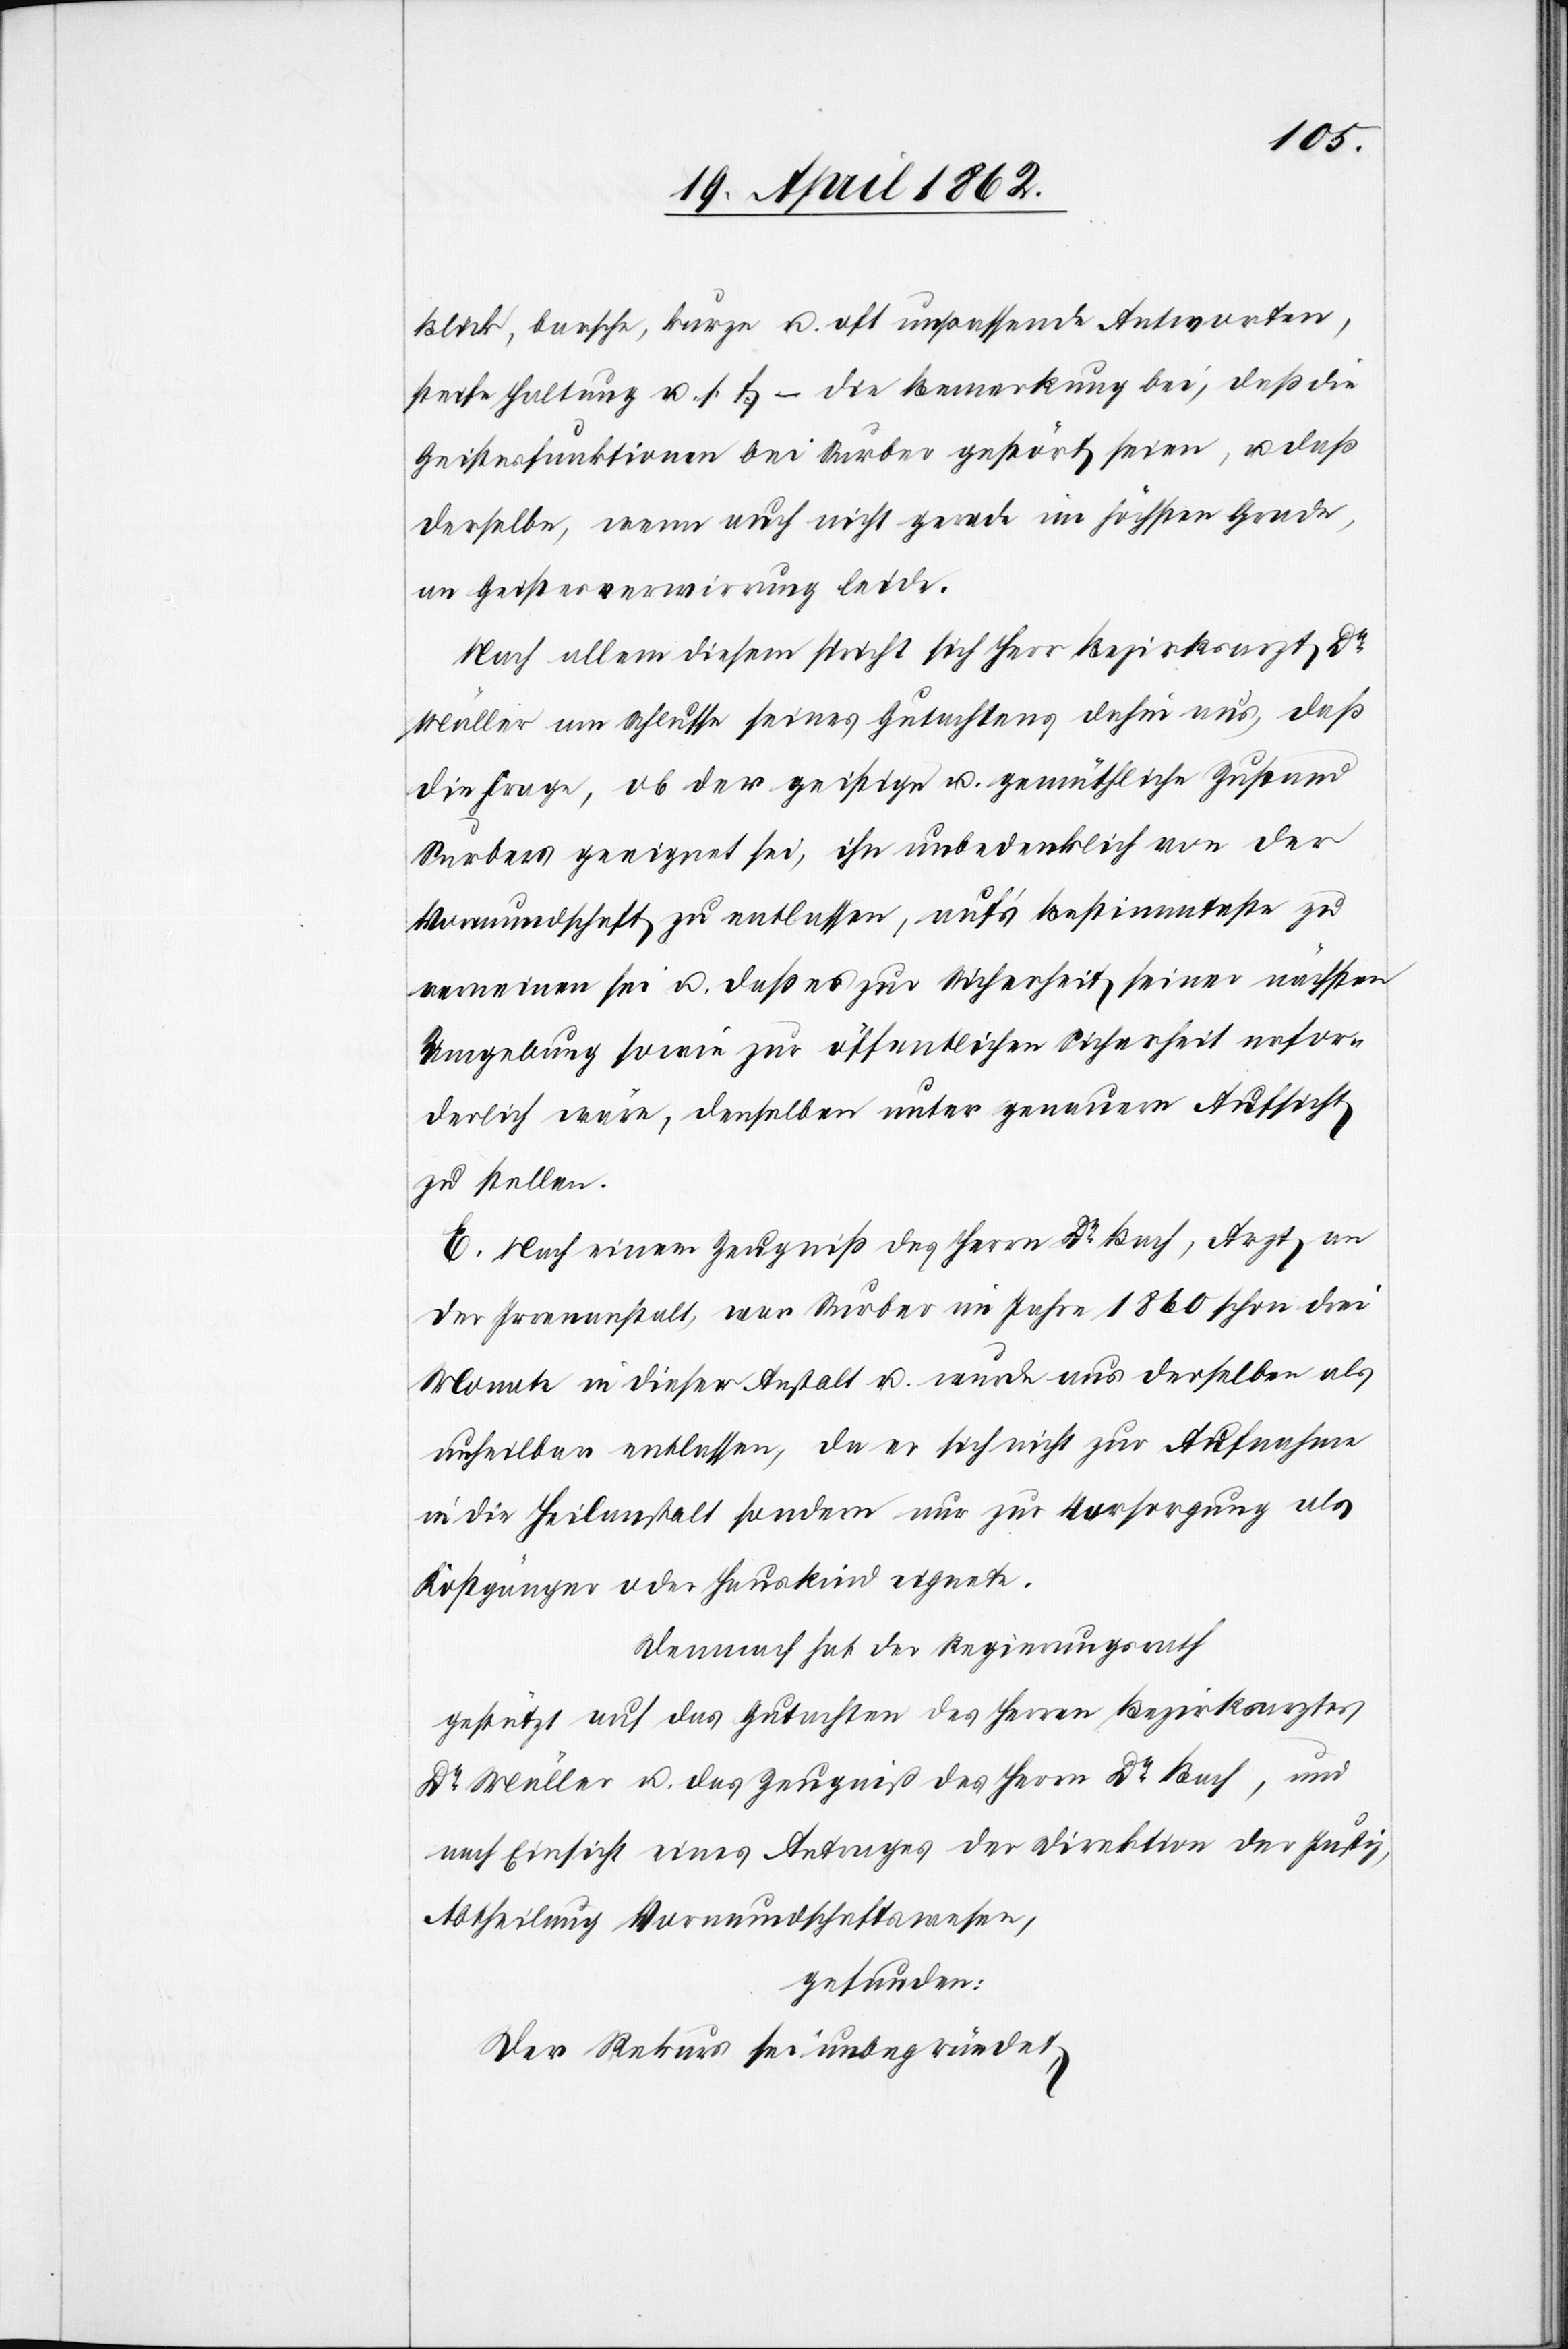
Blick, barsche, kurze u. oft unpassende Antworten,
steife Haltung u. s. f. – die Bemerkung bei, daß die
Geistesfunktionen bei Surber gestört seien, u. daß
derselbe, wenn auch nicht gerade im höchsten Grade,
an Geistesverwirrung leide.
Nach allem diesem spricht sich Herr Bezirksarzt Dr.
Müller am Schlusse seines Gutachtens dahin aus, daß
die Frage, ob der geistige u. gemüthliche Zustand
Surbers geeignet sei, ihn unbedenklich von der
Vormundschaft zu entlassen, auf’s bestimmteste zu
verneinen sei u. daß es zur Sicherheit seiner nächsten
Umgebung sowie zur öffentlichen Sicherheit erfor¬
derlich wäre, denselben unter genauere Aufsicht
zu stellen.
E. Nach einem Zeugniß des Herrn Dr. Bach, Arzt, an
der Irrenanstalt, war Surber im Jahre 1860 schon drei
Monat in dieser Anstalt u. wurde aus derselben als
unheilbar entlassen, da er sich nicht zur Aufnahme
in die Heilanstalt sondern nur zur Versorgung als
Kostgänger oder Hauskind eignete.
Demnach hat der Regierungsrath
gestützt auf das Gutachten des Herrn Bezirksarztes
Dr. Müller u. das Zeugniß des Herrn Dr. Bach, und
nach Einsicht eines Antrages der Direktion der Justiz,
Abtheilung Vormundschaftswesen,
gefunden:
Der Rekurs sei unbegründet.